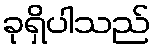
ခုရှိပါသည်